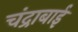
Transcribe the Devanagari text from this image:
चंद्राबाई